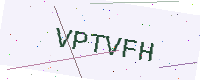
Text: VPTVFH